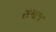
સમાજ